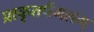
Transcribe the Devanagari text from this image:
प्राकृतपैंगलम्